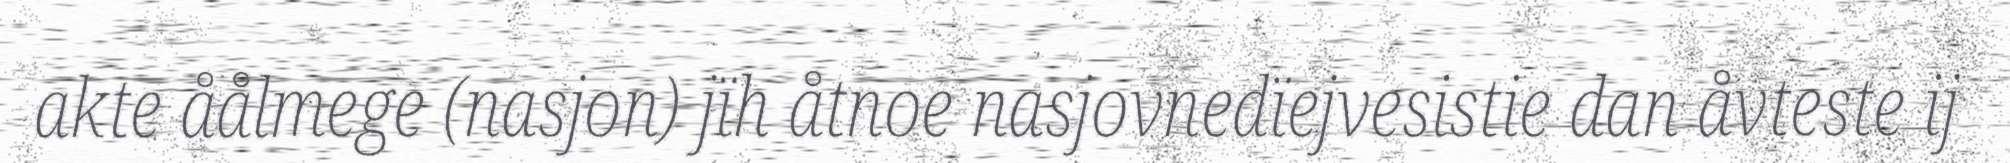
akte åålmege (nasjon) jïh åtnoe nasjovnedïejvesistie dan åvteste ij